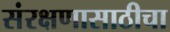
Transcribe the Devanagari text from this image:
संरक्षणासाठीचा